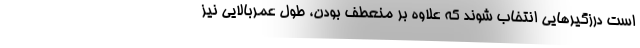
است درزگیرهایی انتخاب شوند که علاوه بر منعطف بودن، طول عمربالایی نیز